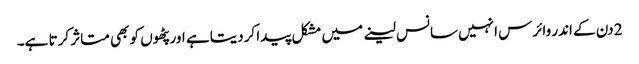
2 دن کے اندر وائرس انہیں سانس لینے میں مشکل پیدا کردیتا ہے اور پٹھوں کو بھی متاثر کرتا ہے۔